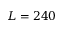
L = 2 4 0